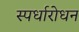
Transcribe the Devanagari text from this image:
स्पर्धारोधन